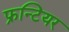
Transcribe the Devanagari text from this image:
फ्रन्टियर